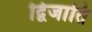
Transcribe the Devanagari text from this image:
द्विजाति